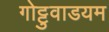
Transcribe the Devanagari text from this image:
गोट्टुवाडयम